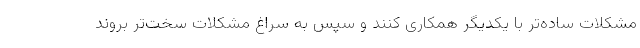
مشکلات ساده‌تر با یکدیگر همکاری کنند و سپس به سراغ مشکلات سخت‌تر بروند